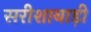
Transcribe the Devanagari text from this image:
सरीशाबाड़ी